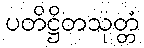
ပတိဋ္ဌိတသုတ္တံ